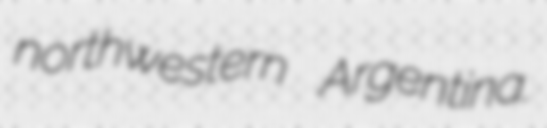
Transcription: northwestern Argentina.